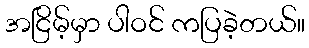
အငြိမ့်မှာ ပါဝင် ကပြခဲ့တယ်။